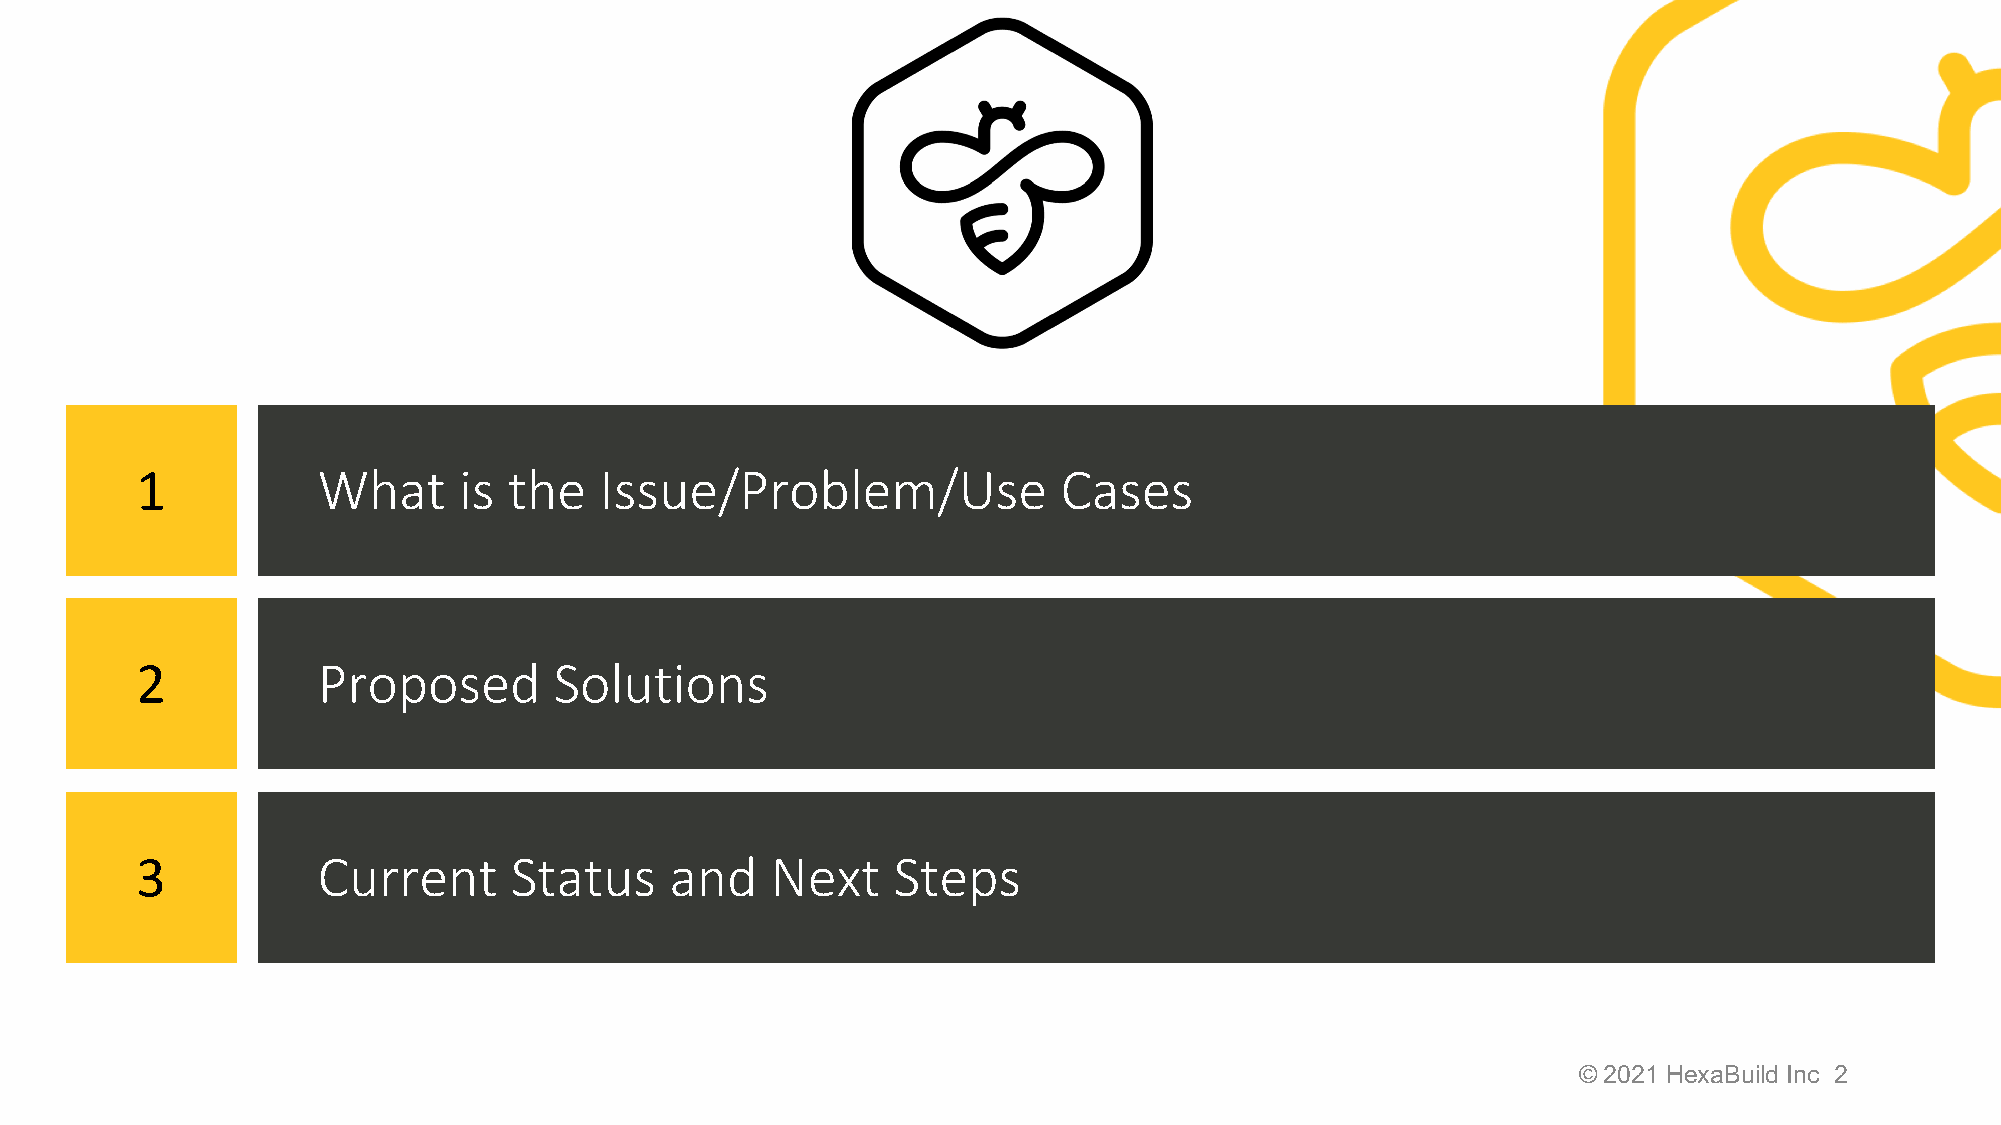
A
 1           What     is  the   Issue/Problem/Use             Cases
 2           Proposed        Solutions
 3           Current      Status    and    Next    Steps
 © 2021 HexaBuild Inc 2